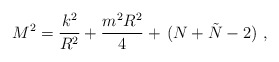
\begin{align*} M^2 = \frac{k^2}{R^2} + \frac{m^2 R^2}{4} +\,(N+\tilde N-2)\ ,\end{align*}